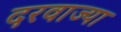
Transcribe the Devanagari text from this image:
दरवाज्या